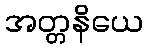
အတ္တနိယေ